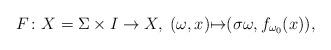
LaTeX: \begin{align*}F\colon X=\Sigma\times I \to X, \;(\omega,x){\mapsto}(\sigma\omega,f_{\omega_0}(x)),\end{align*}